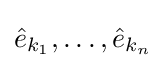
{\hat {e}}_{k_{1}},\dots ,{\hat {e}}_{k_{n}}